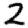
Digit: 2